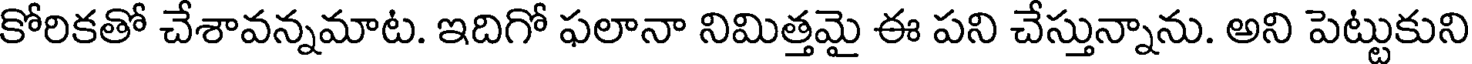
కోరికతో చేశావన్నమాట. ఇదిగో ఫలానా నిమిత్తమై ఈ పని చేస్తున్నాను. అని పెట్టుకుని